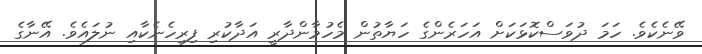
ވޭނެކެވެ. ހަމަ ދުވަސްކޮޅަކަށް އަހަރެންގެ ހަޔާތުން މެހުމާންދާރީ އަދާކުރި ފިރިހެނެކާއި ނުލައެވެ. އޭނާގެ